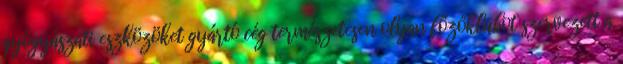
gyógyászati eszközöket gyártó cég természetesen olyan főzőklubot szervezett a